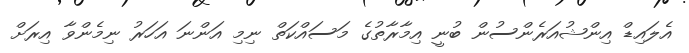
އެލައިޑް އިންޝުއަރެންސުން ބުނީ އިމާރާތުގެ މަސައްކަތް ނިމި އަންނަ އަހަރު ނިމެންވާ އިރަށް